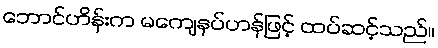
ဘောင်ဟိန်းက မကျေနပ်ဟန်ဖြင့် ထပ်ဆင့်သည်။